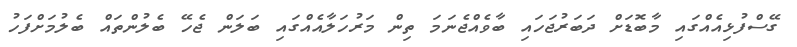
ގޭސްފުޅިއެއްގައި މާބޮޑަށް ދަބަރުޖަހައި ބާވެއްޖެނަމަ ތިން މަރުހަލާއެއްގައި ބަލަން ޖެހޭ ބެލުންތައް ބެލުމަށްފަހު